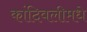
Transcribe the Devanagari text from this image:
कांदिवलीमधे